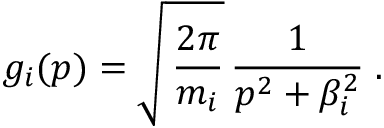
g _ { i } ( p ) = \sqrt { \, \frac { 2 \pi } { m _ { i } } } \, \frac { 1 } { p ^ { 2 } + \beta _ { i } ^ { 2 } } \; .